Report of the Indian Hemp Drugs Commission, 1894-1895 - Volume V
Year: 1894
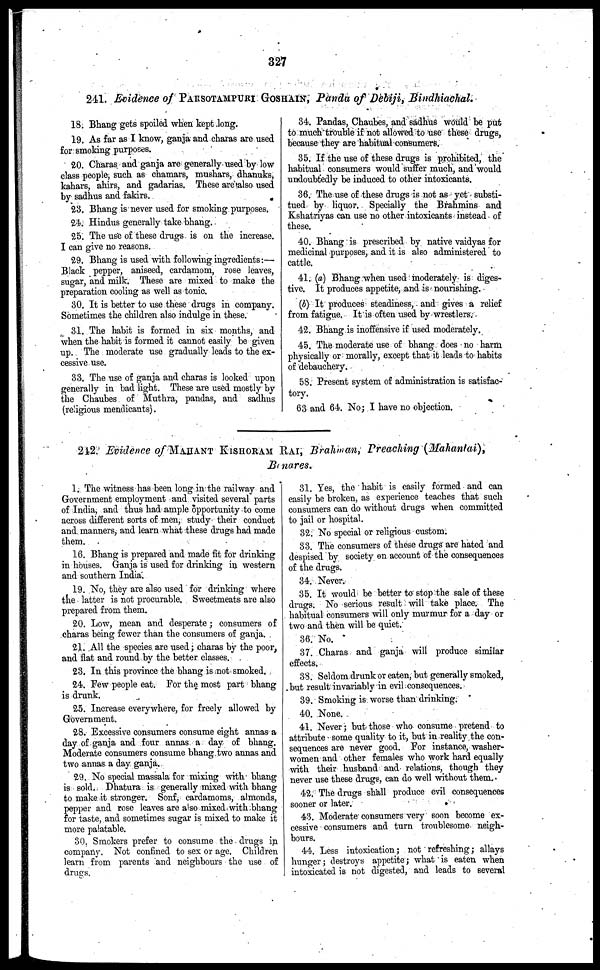
327
241. Evidence of PARSOTAMPURI GOSHAIN, Panda of Debiji, Bindhiachal.
18. Bhang gets spoiled when kept long.
19. As far as I know, ganja and charas are used
for smoking purposes.
20. Charas and ganja are generally used by low
class people, such as chamars, mushars, dhanuks,
kahars, ahirs, and gadarias. These are also used
by sadhus and fakirs.
23. Bhang is never used for smoking purposes.
24. Hindus generally take bhang.
25. The use of these drugs is on the increase.
I can give no reasons.
29. Bhang is used with following ingredients:—
Black pepper, aniseed, cardamom, rose leaves,
sugar, and milk. These are mixed to make the
preparation cooling as well as tonic.
30. It is better to use these drugs in company.
Sometimes the children also indulge in these.
31. The habit is formed in six months, and
when the habit is formed it cannot easily be given
up. The moderate use gradually leads to the ex-
cessive use.
33. The use of ganja and charas is looked upon
generally in bad light. These are used mostly by
the Chaubes of Muthra, pandas, and sadhus
(religious mendicants).
34. Pandas, Chaubes, and sadhus would be put
to much trouble if not allowed to use these drugs,
because they are habitual consumers.
35. If the use of these drugs is prohibited, the
habitual consumers would suffer much, and would
undoubtedly be induced to other intoxicants.
36. The use of these drugs is not as yet substi-
tued by liquor. Specially the Brahmins and
Kshatriyas can use no other intoxicants instead of
these.
40. Bhang is prescribed by native vaidyas for
medicinal purposes, and it is also administered to
cattle.
41. (a) Bhang when used moderately is diges-
tive. It produces appetite, and is nourishing.
(b) It produces steadiness, and gives a relief
from fatigue. It is often used by wrestlers.
42. Bhang is inoffensive if used moderately.
45. The moderate use of bhang does no harm
physically or morally, except that it leads to habits
of debauchery.
58. Present system of administration is satisfac-
tory.
63 and 64. No; I have no objection.
242. Evidence of MAHANT KISHORAM RAI, Brahman, Preaching (Mahantai),
Bonares.
1. The witness has been long in the railway and
Government employment and visited several parts
of India, and thus had ample opportunity to come
across different sorts of men, study their conduct
and manners, and learn what these drugs had made
them.
16. Bhang is prepared and made fit for drinking
in houses. Ganja is used for drinking in western
and southern India.
19. No, they are also used for drinking where
the latter is not procurable. Sweetmeats are also
prepared from them.
20. Low, mean and desperate; consumers of
charas being fewer than the consumers of ganja.
21. All the species are used; charas by the poor,
and flat and round by the better classes.
23. In this province the bhang is not smoked.
24. Few people eat. For the most part bhang
is drunk.
25. Increase everywhere, for freely allowed by
Government.
28. Excessive consumers consume eight annas a
day of ganja and four annas a day of bhang.
Moderate consumers consume bhang two annas and
two annas a day ganja.
29. No special massala for mixing with bhang
is sold. Dhatura is generally mixed with bhang
to make it stronger. Sonf, cardamoms, almonds,
pepper and rose leaves are also mixed with bhang
for taste, and sometimes sugar is mixed to make it
more palatable.
30. Smokers prefer to consume the drugs in
company. Not confined to sex or age. Children
learn from parents and neighbours the use of
drugs.
31. Yes, the habit is easily formed and can
easily be broken, as experience teaches that such
consumers can do without drugs when committed
to jail or hospital.
32. No special or religious custom.
33. The consumers of these drugs are hated and
despised by society on account of the consequences
of the drugs.
34. Never.
35. It would be better to stop the sale of these
drugs. No serious result will take place. The
habitual consumers will only murmur for a day or
two and then will be quiet.
36. No.
37. Charas and ganja will produce similar
effects.
38. Seldom drunk or eaten, but generally smoked,
but result invariably in evil consequences.
39. Smoking is worse than drinking.
40. None.
41. Never; but those who consume pretend to
attribute some quality to it, but in reality the con-
sequences are never good. For instance, washer-
women and other females who work hard equally
with their husband and relations, though they
never use these drugs, can do well without them.
42. The drugs shall produce evil consequences
sooner or later.
43. Moderate consumers very soon become ex-
cessive consumers and turn troublesome neigh-
bours.
44. Less intoxication; not refreshing; allays
hunger; destroys appetite; what is eaten when
intoxicated is not digested, and leads to several